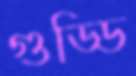
গুড্ডি